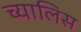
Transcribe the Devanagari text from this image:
च्यालिस